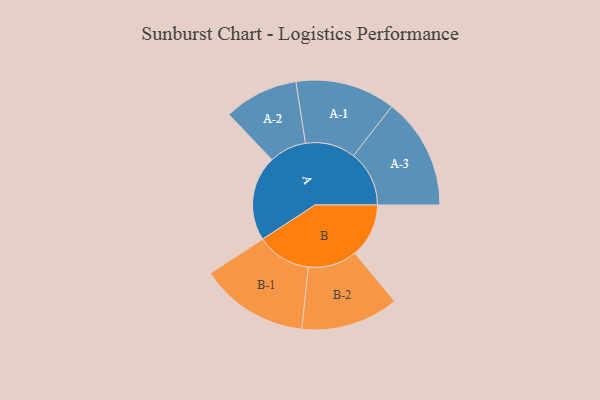
{"axis": {"x": "Segment", "y": "Value"}, "legend": ["", "A", "B"], "data": [{"x": "A", "y": 371, "type": ""}, {"x": "B", "y": 235, "type": ""}, {"x": "A-1", "y": 218, "type": "A"}, {"x": "A-2", "y": 162, "type": "A"}, {"x": "A-3", "y": 243, "type": "A"}, {"x": "B-1", "y": 237, "type": "B"}, {"x": "B-2", "y": 213, "type": "B"}]}